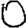
Digit: 0